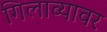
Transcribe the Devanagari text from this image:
गिलाव्यावर